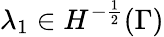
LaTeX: \lambda_{1}\in H^{-\frac{1}{2}}(\Gamma)